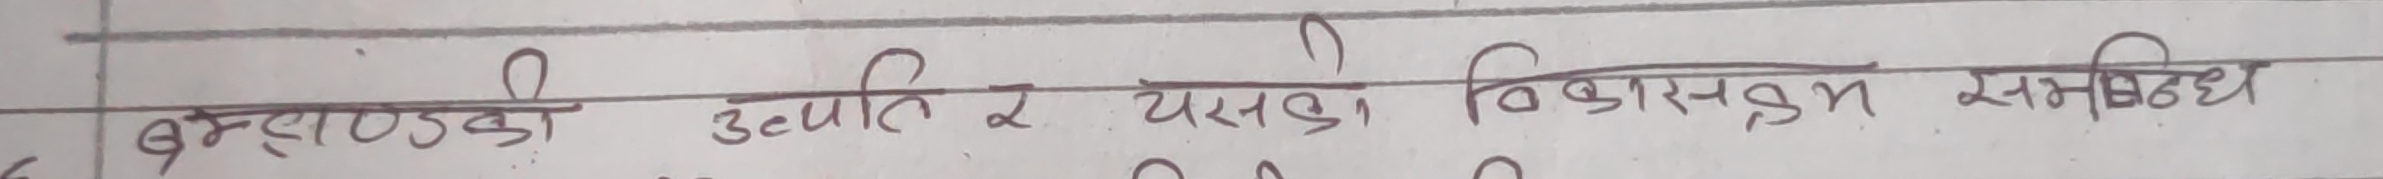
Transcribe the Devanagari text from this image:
ब्रह्माण्डको उत्पत्ति र यसको विकासक्रम सम्बन्धी